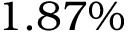
1 . 8 7 \%